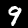
Digit: 9